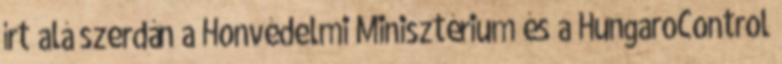
írt alá szerdán a Honvédelmi Minisztérium és a HungaroControl